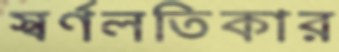
স্বর্ণলতিকার